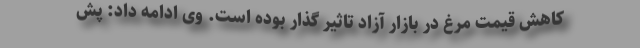
کاهش قیمت مرغ در بازار آزاد تاثیر گذار بوده است. وی ادامه داد: پش